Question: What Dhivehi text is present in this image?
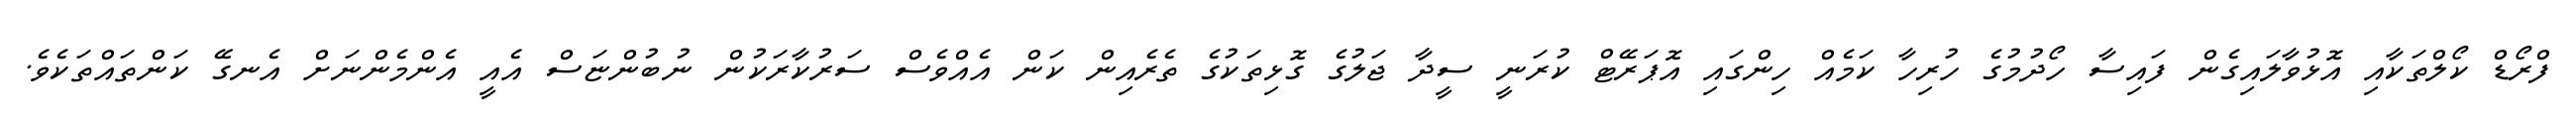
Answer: ފްރޯޑް ކޯލްތަކާއި އޮޅުވާލައިގެން ފައިސާ ހޯދުމުގެ ހުރިހާ ކަމެއް ހިންގައި އޮޕަރޭޓް ކުރަނީ ސީދާ ޖަލުގެ ގޮޅިތަކުގެ ތެރެއިން ކަން އެއްވެސް ސަރުކާރަކުން ނުބުންޏަސް އެއީ އެންމެންނަށް އެނގޭ ކަންތައްތަކެވެ.